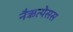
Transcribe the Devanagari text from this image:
नैऋत्येसस